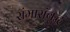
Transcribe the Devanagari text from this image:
संमासंबुद्ध